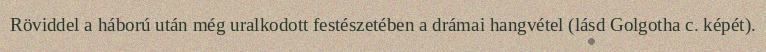
Röviddel a háború után még uralkodott festészetében a drámai hangvétel (lásd Golgotha c. képét).